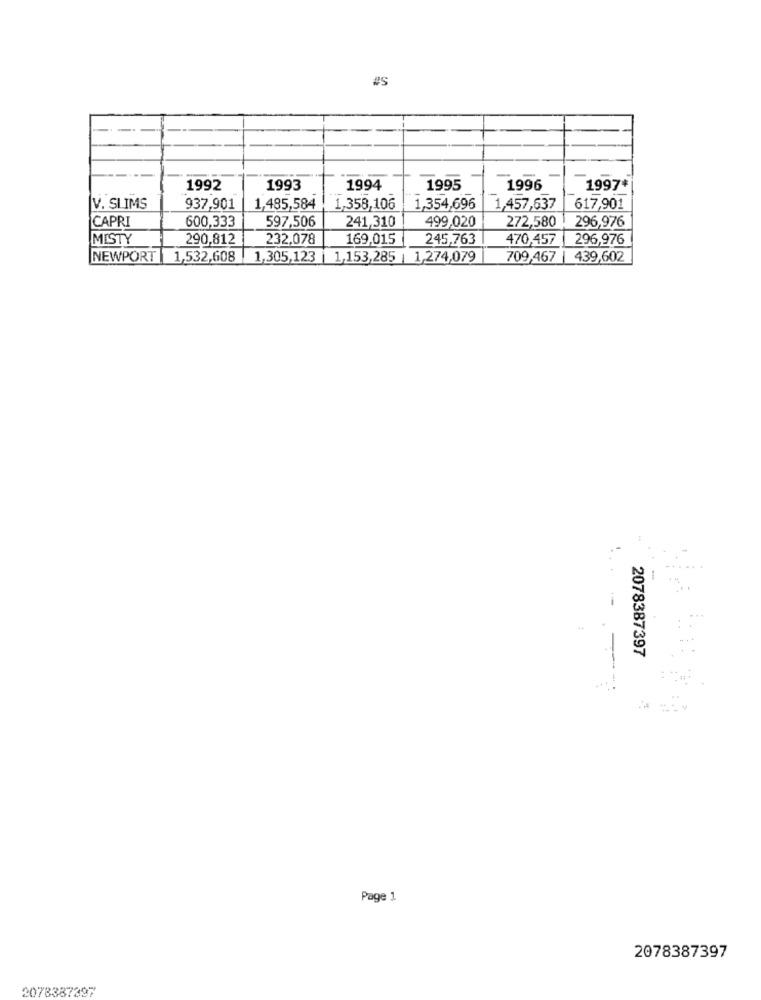
#S
1992
1993
1994
1995
1996
1997*
V. SLIMS
937,901
1,485,584
1,358,106
1,354,696
1,457,637
617,901
600,333
241,310
272,580
CAPRI
597,506
499,020
296,976
MISTY
290,812
232,078
169,015
245,763
470,457
296,976
NEWPORT |1,532,608 1,305,123
1,153,285 | 1,274,079
709,467
439,602
2078387397
Page 1
2078387397
2078387397